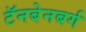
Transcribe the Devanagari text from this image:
टॅनबेनबर्ग